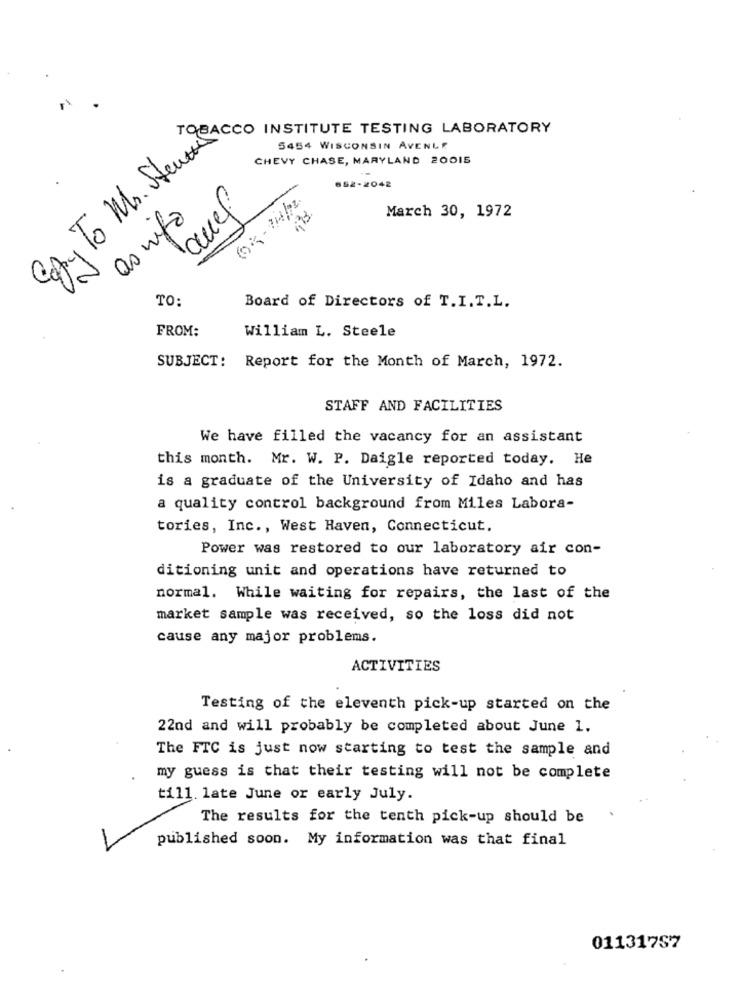
5454 WISCONSIN AVENLE
Ay To Mr. Stent INSTITUTE ABORA
CHEVY CHASE, MARYLAND 20015
662-2042
08-04/2.
March 30, 1972
afm00
TO:
Board of Directors of T.I.T.L.
FROM:
William L. Steele
SUBJECT: Report for the Month of March, 1972.
STAFF AND FACILITIES
We have filled the vacancy for an assistant
this month. Mr. W. P. Daigle reported today. He
is a graduate of the University of Idaho and has
a quality control background from Miles Labora-
tories, Inc ., West Haven, Connecticut.
Power was restored to our laboratory air con-
ditioning unit and operations have returned to
normal. While waiting for repairs, the last of the
market sample was received, so the loss did not
cause any major problems.
ACTIVITIES
Testing of the eleventh pick-up started on the
22nd and will probably be completed about June 1.
The FTC is just now starting to test the sample and
my guess is that their testing will not be complete
till late June or early July.
The results for the tenth pick-up should be
published soon. My information was that final
01131757